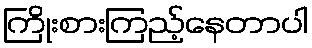
ကြိုးစားကြည့်နေတာပါ